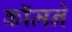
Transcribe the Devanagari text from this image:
कॉमने